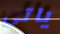
ياتي